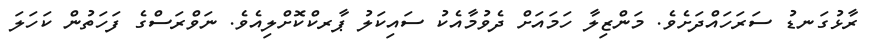
ރާޅުގަނޑު ސަރަހައްދަށެވެ. މަންޒިލާ ހަމައަށް ދެވުމާއެކު ސައިކަލު ޕާރކްކޮށްލިއެވެ. ނަވްރަސްގެ ފަހަތުން ކަހަލަ